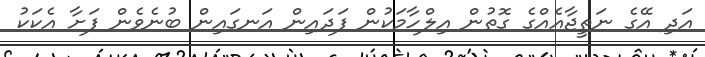
އަދި އޭގެ ނަތީޖާއެއްގެ ގޮތުން އިލްހާމަކުން ފަދައިން އަނގައިން ބުނެވެން ފަށާ އެކަކު